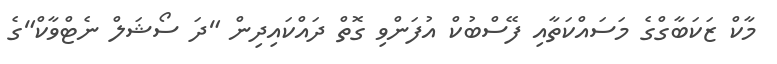
މާކް ޒަކަބާގްގެ މަސައްކަތާއި ފޭސްބުކް އުފަންވި ގޮތް ދައްކައިދިން "ދަ ސޯޝަލް ނެޓްވާކް"ގެ